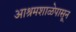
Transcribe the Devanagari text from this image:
आश्रमशाळेपासून